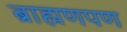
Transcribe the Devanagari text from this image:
ब्राह्मणपण